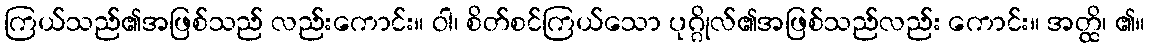
ကြယ်သည်၏အဖြစ်သည် လည်းကောင်း။ ဝါ၊ စိတ်စင်ကြယ်သော ပုဂ္ဂိုလ်၏အဖြစ်သည်လည်း ကောင်း။ အတ္ထိ၊ ၏။